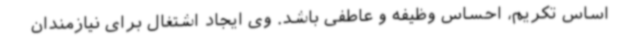
اساس تکریم، احساس وظیفه و عاطفی باشد. وی ایجاد اشتغال برای نیازمندان